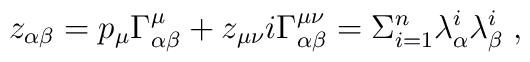
z_{\alpha \beta}= p_\mu \Gamma^\mu_{\alpha\beta} + z_{\mu\nu }i\Gamma^{\mu\nu}_{\alpha\beta}= \Sigma_{i=1}^n \lambda^i_{\alpha}\lambda^i_{\beta}\; ,